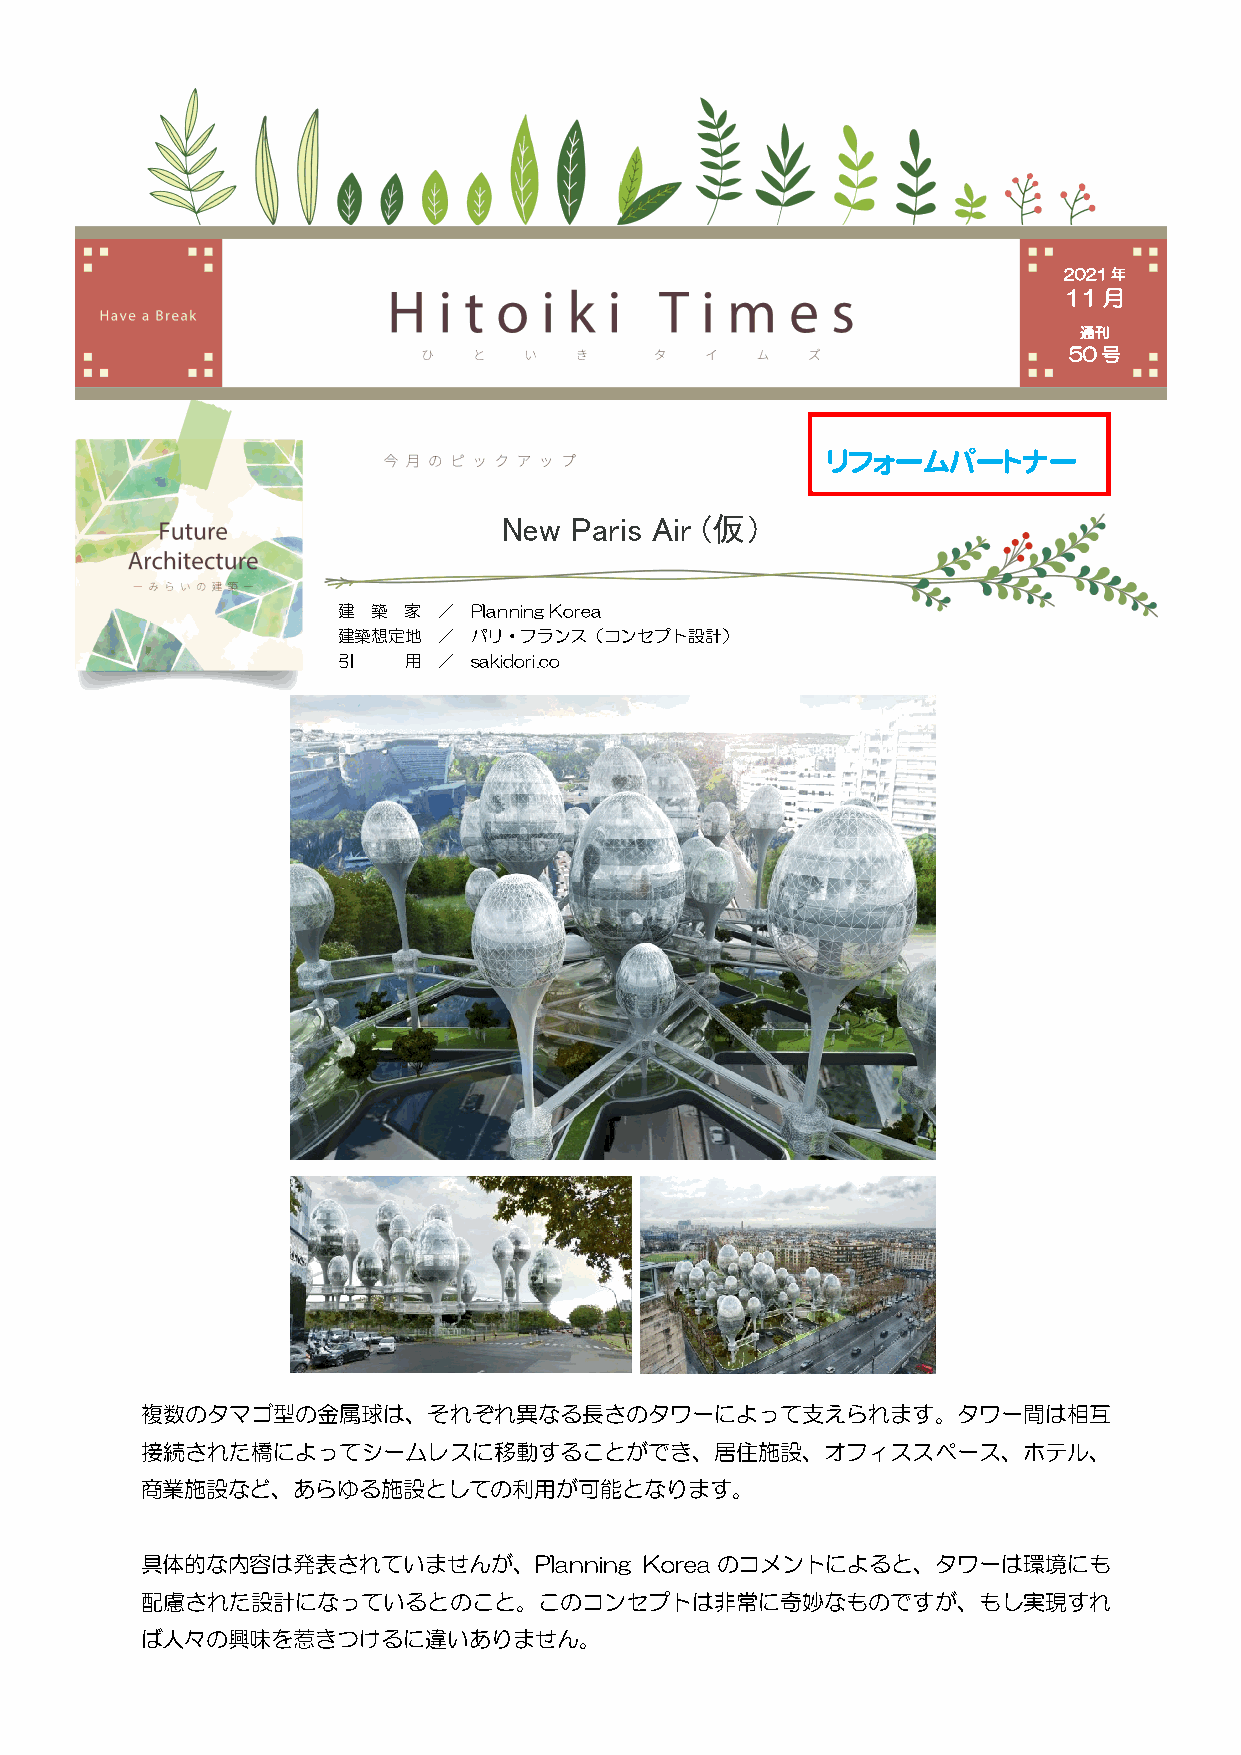
2021年
 11月
 通刊
 50号
 リフォームパートナー
 New  Paris Air (仮）
 建  築 家 ／ Planning Korea
 建築想定地  ／ パリ・フランス（コンセプト設計）
 引    用 ／ sakidori.co
 複数のタマゴ型の金属球は、それぞれ異なる長さのタワーによって支えられます。タワー間は相互
 接続された橋によってシームレスに移動することができ、居住施設、オフィススペース、ホテル、
 商業施設など、あらゆる施設としての利用が可能となります。
 具体的な内容は発表されていませんが、Planning        Korea のコメントによると、タワーは環境にも
 配慮された設計になっているとのこと。このコンセプトは非常に奇妙なものですが、もし実現すれ
 ば人々の興味を惹きつけるに違いありません。